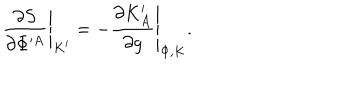
LaTeX: \left. { \frac { \partial S } { \partial \Phi ^ { \prime A } } } \right| _ { K ^ { \prime } } = - \left. { \frac { \partial K _ { A } ^ { \prime } } { \partial g } } \right| _ { \Phi , K } .